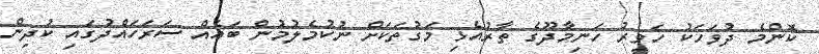
ކޮންމެ ދުވަހަކު ހަވީރު ހަނިމާދޫގެ ތާރުއެޅި މަގުތަކަށް ނުކުމެލުމުން ބައެއް ސަރަހައްދުގައި ކުދިން